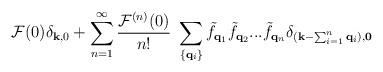
LaTeX: \begin{align*}{\mathcal{F}}(0)\delta_{ {\bf{k}}, 0 } + \sum_{n=1}^{\infty} \frac{ {\mathcal{F}}^{(n)}(0) }{n!}\mbox{ }\sum_{ \{ {\bf{q}}_{i} \} }{\tilde{f}}_{ {\bf{q}}_{1} }{\tilde{f}}_{ {\bf{q}}_{2} }...{\tilde{f}}_{ {\bf{q}}_{n} }\delta_{ ( {\bf{k}} - \sum_{i=1}^{n}{\bf{q}}_{i} ), {\bf{0}} }\end{align*}